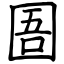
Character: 圄